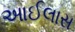
આઈલાસ